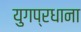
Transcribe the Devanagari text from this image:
युगप्रधाना